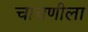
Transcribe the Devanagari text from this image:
चाचणीला